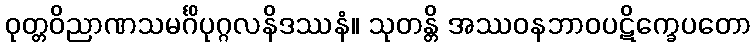
ဝုတ္တဝိညာဏသမင်္ဂိပုဂ္ဂလနိဒဿနံ။ သုတန္တိ အဿဝနဘာဝပဋိက္ခေပတော